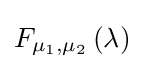
F_{\mu _{1},\mu _{2}}\left(\lambda \right)